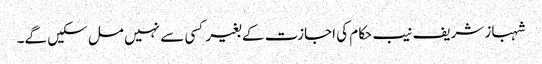
شہباز شریف نیب حکام کی اجازت کے بغیر کسی سے نہیں مل سکیں گے۔